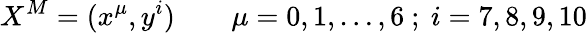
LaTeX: X^{M}=(x^{\mu},y^{i})\qquad\mu=0,1,\ldots,6\ ;\ i=7,8,9,10